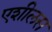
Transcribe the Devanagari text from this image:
एशीलस